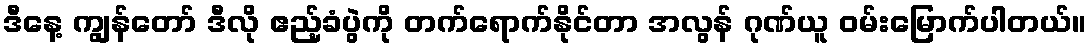
ဒီနေ့ ကျွန်တော် ဒီလို ဧည့်ခံပွဲကို တက်ရောက်နိုင်တာ အလွန် ဂုဏ်ယူ ဝမ်းမြောက်ပါတယ်။